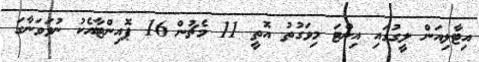
އިޓާލިއަން ލީގުގައި އިންޓަ މިވަގުތު އޮތީ 11 މެޗުން 16 ޕޮއިންޓާއެކު ނުވަވަނާގަ